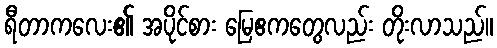
ရီတာကလေး၏ အပိုင်စား မြေဧကတွေလည်း တိုးလာသည်။